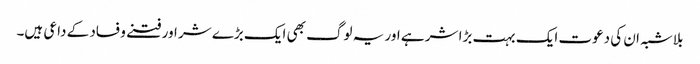
بلاشبہ ان کی دعوت ایک بہت بڑا شر ہے اور یہ لوگ بھی ایک بڑے شر اور فتنے و فساد کے داعی ہیں۔